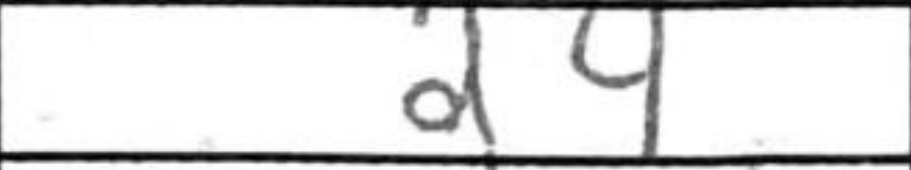
Transcription: d4